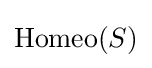
\operatorname {Homeo} (S)